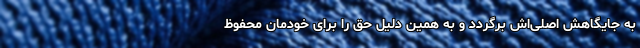
به جایگاهش اصلی‌اش برگردد و به همین دلیل حق را برای خودمان محفوظ